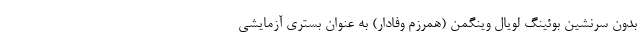
بدون سرنشین بوئینگ لویال وینگمن (همرزم وفادار) به عنوان بستری آزمایشی